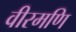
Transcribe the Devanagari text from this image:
वीरमणि